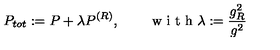
P _ { t o t } : = P + \lambda P ^ { ( R ) } , \qquad \textrm { w i t h } \lambda : = \frac { g _ { R } ^ { 2 } } { g ^ { 2 } }